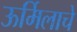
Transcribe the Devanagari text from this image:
ऊर्मिलाचे